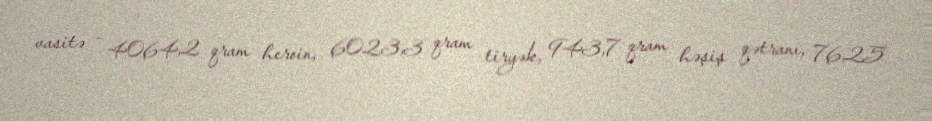
vasitə - 4064,2 qram heroin, 6023,3 qram tiryək, 943,7 qram həşiş qətranı, 76,25